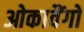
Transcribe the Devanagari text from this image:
ओकावैंगो